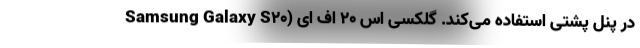
در پنل پشتی استفاده می‌کند. گلکسی اس ۲۰ اف ای (Samsung Galaxy S20